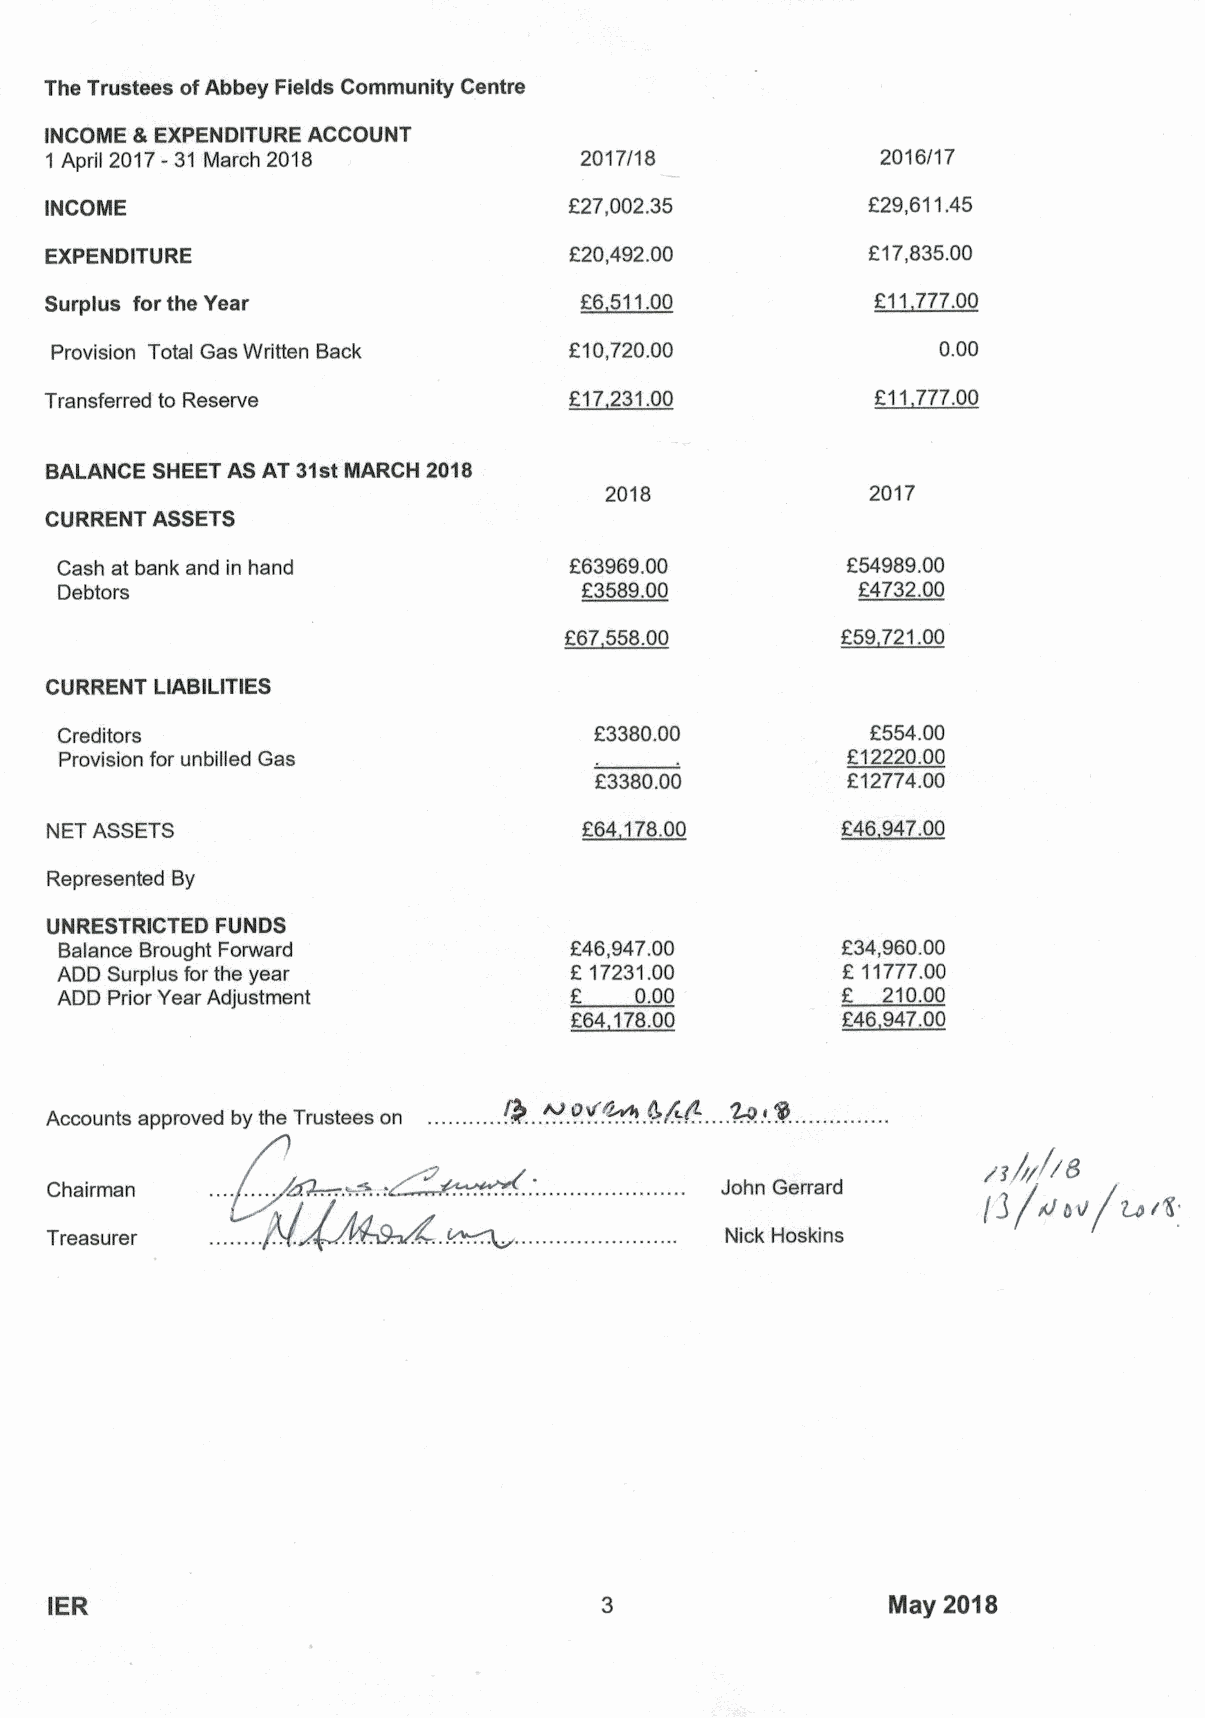
The Trustees ofAbbey Fields Community Centre
 INCOME &EXPENDITURE ACCOUNT
 1 April 2017-31 March 2018         2017/18             2016/17
 INCOME                             f27,002.35         f29,611.45
 EXPENDITURE                        f20,492.00          f17,835.00
 00.
 Surplus for the Year               E6 511.00           E11777
 Provision Total Gas Written Back   810,720.00              0.00
 Transferred to Reserve             E17231.00           E11 777.00
 BALANCE SHEET AS AT 31stMARCH 2018
 2018              2017
 CURRENT ASSETS
 Cash at bank and in hand          F63969.00         f54989.00
 Debtors                           23589.00           24732.00
 867558.00          959721.00
 CURRENT LIABILITIES
 Creditors                          F3380.00           F554.00
 Provision for unbilled Gas                          f12220.00
 F3380.00         F127?4.00
 NET ASSETS                         E64 178.00        E46 947.00
 Represented By
 UNRESTRICTED FUNDS
 Balance Brought Forward           E46,947.00        R34,960.00
 ADD Surplus for the year          8 17231.00        F 11777.00
 ADD Prior Year Adjustment             0.00            210.00
 E64 178.00        E46 947.00
 Q  Apou'~~
 Accounts approved by the Trustees on    //~AD
 /g ///'//8
 Chairman                                     John Gerrard
 (3/4741// 74/1t'
 Treasurer                                    Nick Hoskins
 IER                                                     May 2018